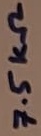
Text: 7.5KΩ